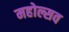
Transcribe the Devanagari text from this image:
महोल्सव